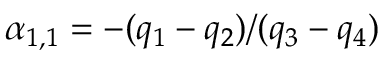
\alpha _ { 1 , 1 } = - ( q _ { 1 } - q _ { 2 } ) / ( q _ { 3 } - q _ { 4 } )